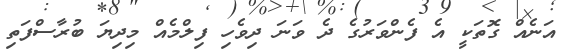
އަނެއް ގޮތަކީ އެ ފެންވަރުގެ ދެ ވަނަ ދިވެހި ފިލްމެއް މިދިޔަ ބުރާސްފަތި